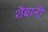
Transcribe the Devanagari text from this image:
शैबानी